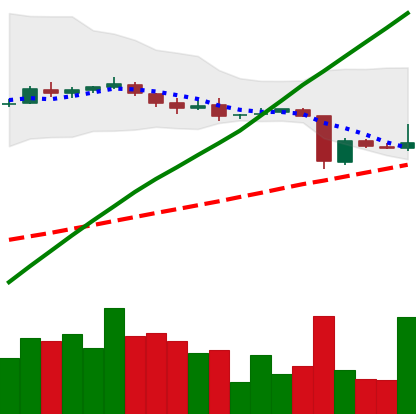
Ticker: DOGE-USD
Chart end date: 2018-10-15
Forward return: -12.783%
Label: down_7plus